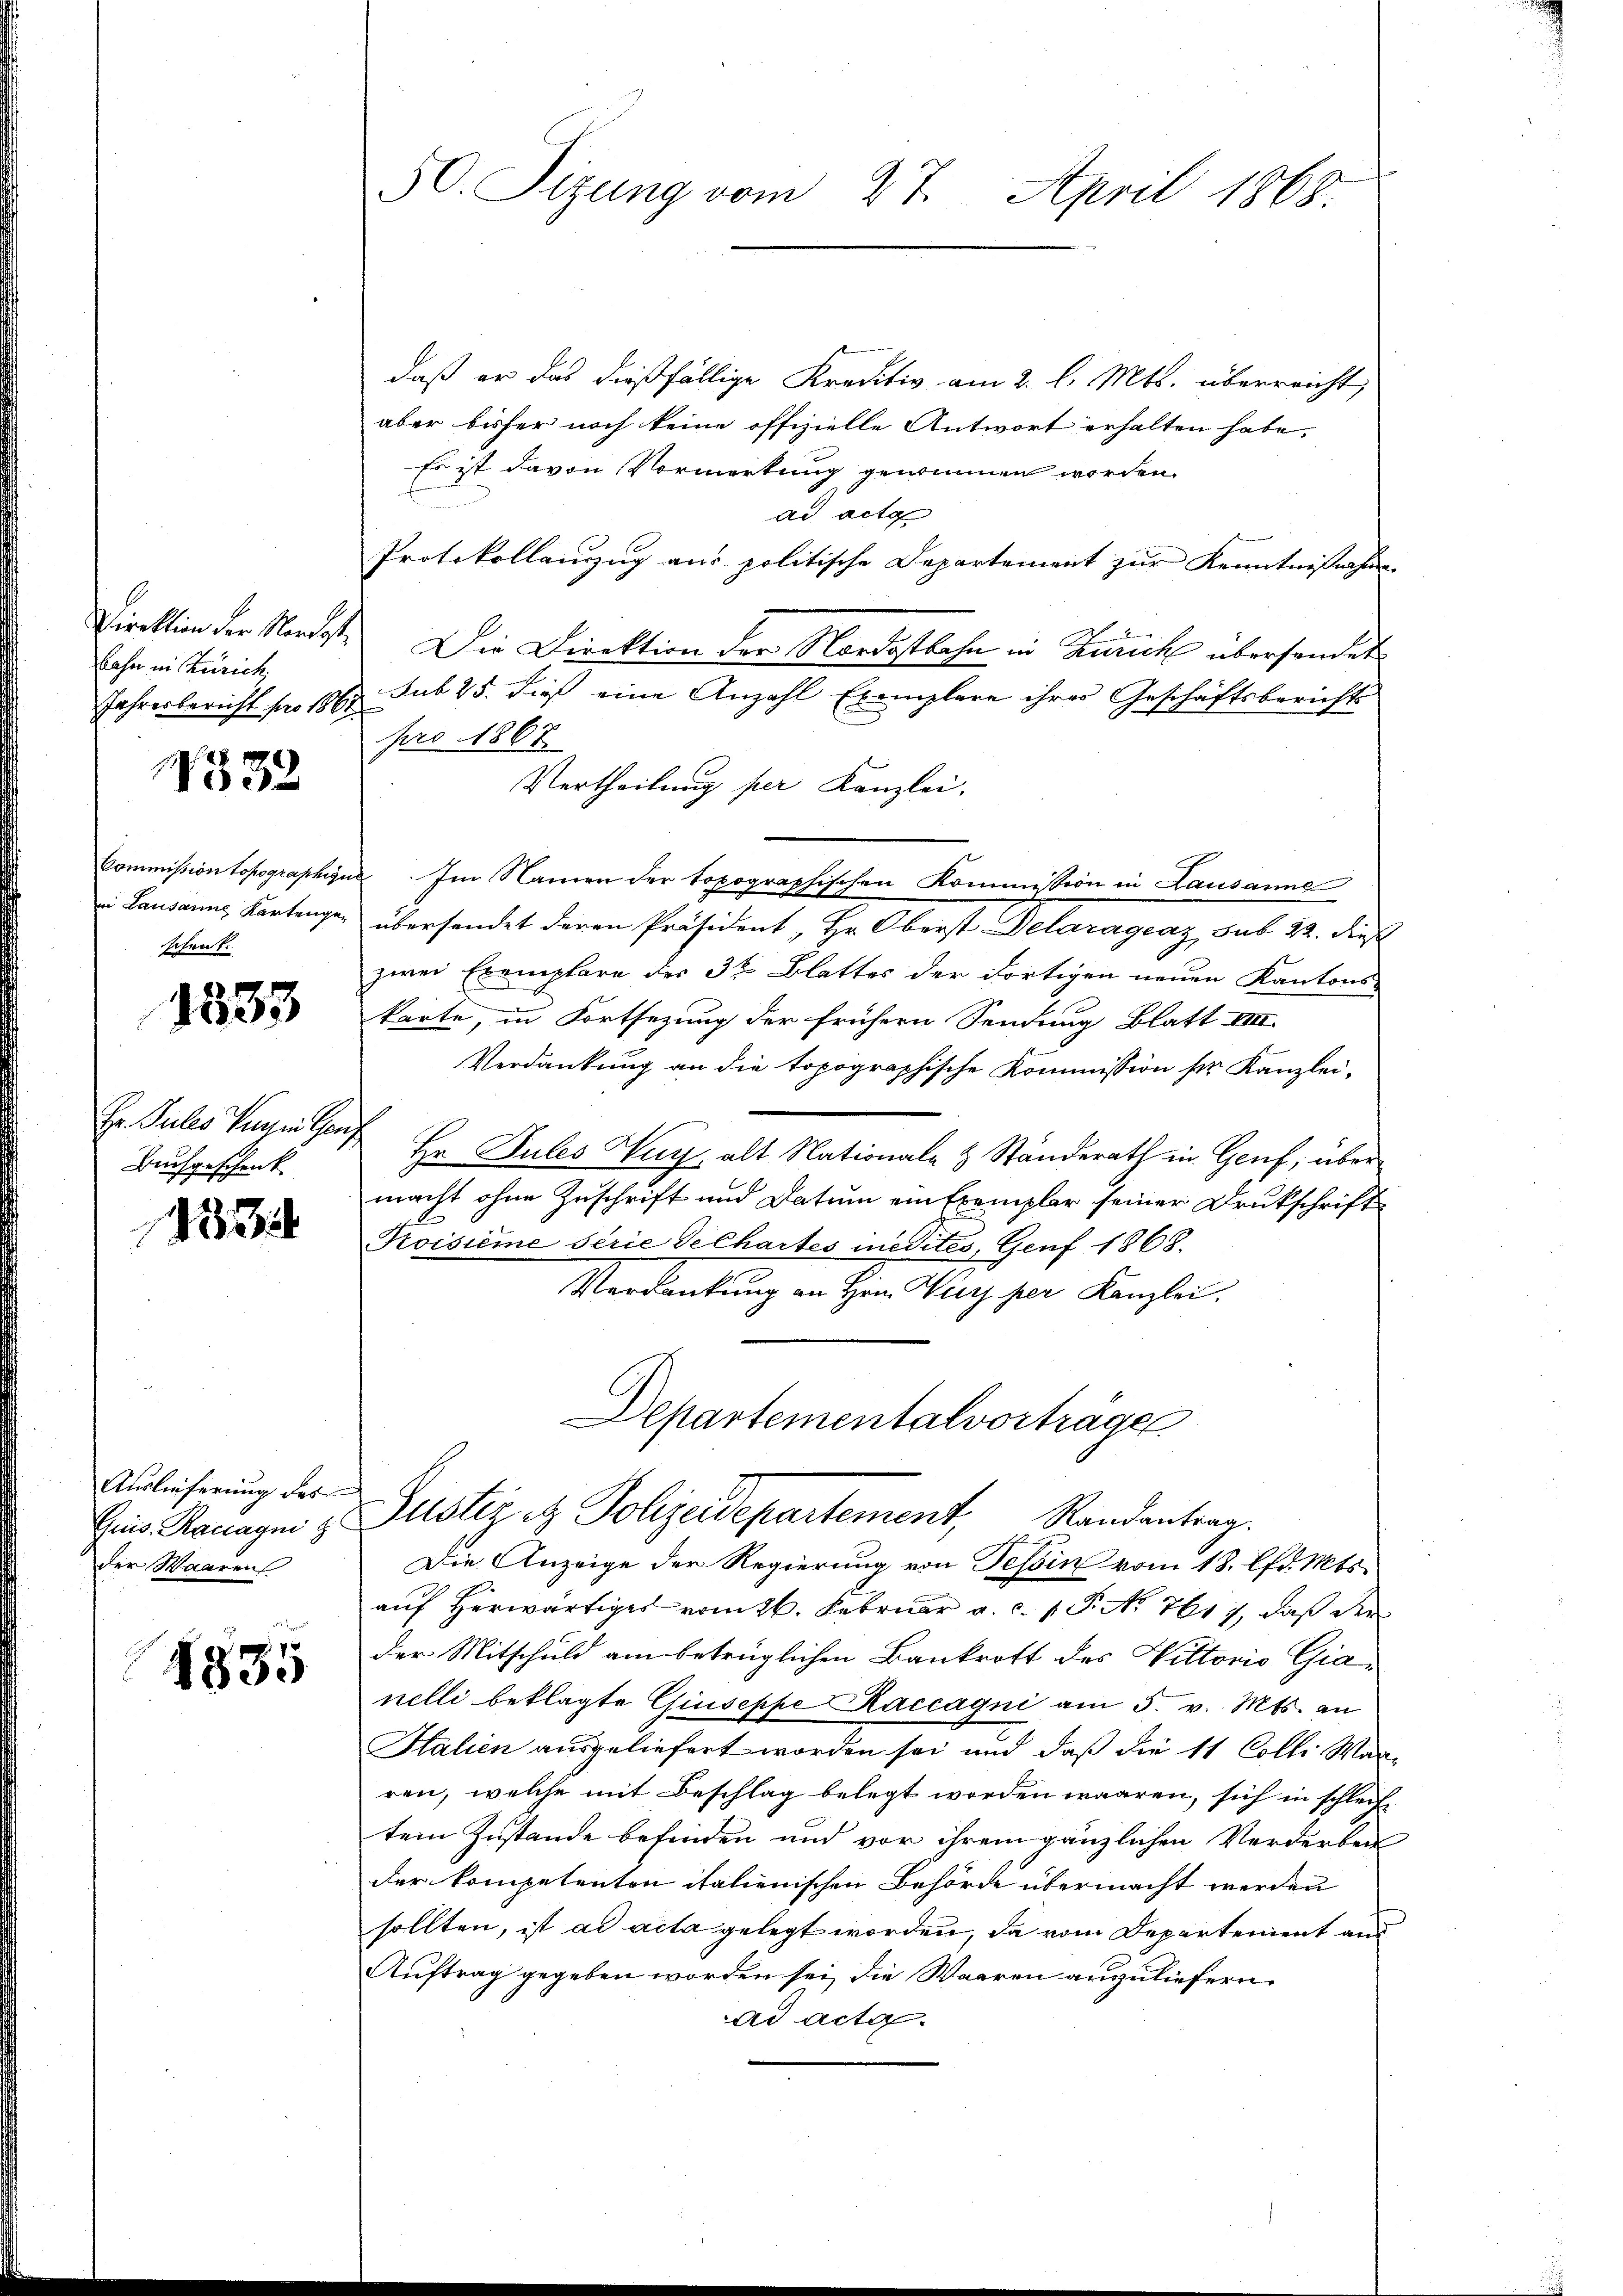
Direktion der Nordostbahn in Zürich,
Jahresbericht pro 1862.

7532

Commission topographigu
ei Lausanne Kartengeschenk

1533

Er Julis Tugen Ganz
Buchgeschenk

3

Auslieferung des
Gris. Rauagni
der Waaren

1835

50. Sizung vom 27. April 1868.

daß er das dießfällige Kreditiv am 2. l. Mts. überreicht,
aber bisher noch keine offizielle Antwort erhalten habe.
Es ist davon Vormerkung genommen worden.
ad acta
Protokollanzug aus politische Departement zur Kenntnissahen
Die Direktion der Nordostbahn in Zürich übersander
sub 25. dieß eine Anzahl Exemplare ihres Geschäftsberichts
pro 1867
Vertheilung per Kanzlei.
Im Namen der topographischen Kommission in Lausanne
übersendet deren Präsident, Hr. Oberst Delaragung, sub 22. dieß
zwei Exemplare der 3ten Blattes der dortigen neuen Kantons-
karte, in Fortsetzung der frühern Sendung Blatt VIII.
Verdankung an die topographische Kommission pr. Kanzlei-
Hr. Pules Tuch, alt Nationale & Ständerath in Genf; über
macht ohne Zuschrift und Datum ein Exemplar seiner Druckschrift
Koisième serie Gechartes medites, Genf 1868.
Verdankung an Hrn. Wirz per Kanzlei,
Departementalvorträge
Justiz & Polizeidepartement, Randentrag.
Die Anzeige der Regierung von Tessin vom 18. lfd. Mts.
auf herwärtiges vom 26. Februar a. c. 1. P. No 7617, daß der
der Mitschuld am betrüglichen Bankrott des Nittorio Gianelli beklagte Giuseppe Raccagni am 5. v. Mts. an
Halien ausgeliefert worden sei und daß die 11 Colli War
ren, welche mit Beschlag belegt worden waaren, sich in schleif
tem Zustande befinden und vor ihrem gänzlichen Verderben
der kompetenten italienischen Behörde übermacht werden
sollten, ist ad acta gelegt worden, da vom Departement und
Auftrag gegeben worden sei, die Waaren anzuliefern.
ad acta.